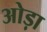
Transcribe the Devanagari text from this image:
ओड़ा